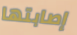
إصابتها